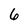
Character: 6